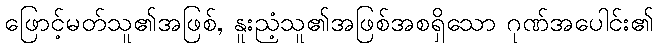
ဖြောင့်မတ်သူ၏အဖြစ်, နူးညံ့သူ၏အဖြစ်အစရှိသော ဂုဏ်အပေါင်း၏